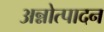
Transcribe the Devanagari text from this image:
अन्नोत्पादन